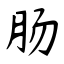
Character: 肠